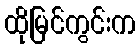
ထိုမြင်ကွင်းက